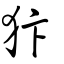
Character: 犿